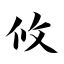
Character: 攸